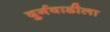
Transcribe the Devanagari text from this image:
दुर्गवाडीला